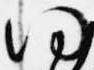
何